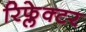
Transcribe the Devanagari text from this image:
रिफ्लेक्‍टर